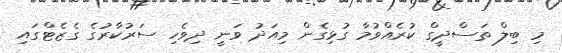
މި ބިލް ތަސްދީގް ކުރެއްވުމާ ގުޅިގެން މިއަދު ވަނީ ދިވެހި ސަރުކާރުގެ ގެޒެޓްގައި